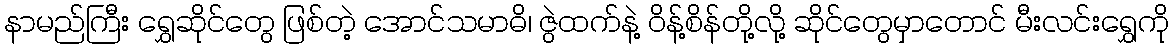
နာမည်ကြီး ရွှေဆိုင်တွေ ဖြစ်တဲ့ အောင်သမာဓိ၊ ဇွဲထက်နဲ့ ဝိန့်စိန်တို့လို့ ဆိုင်တွေမှာတောင် မီးလင်းရွှေကို